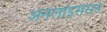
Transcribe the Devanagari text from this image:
अनलाइसेंसड